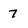
Character: 7